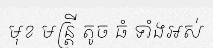
មុខ មន្ត្រី តូច ធំ ទាំងអស់